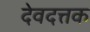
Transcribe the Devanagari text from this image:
देवदत्तक